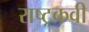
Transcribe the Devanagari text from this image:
राष्ट्रकवी